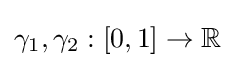
\gamma _{1},\gamma _{2}:[0,1]\to \mathbb {R}